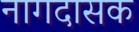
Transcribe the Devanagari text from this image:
नागदासक